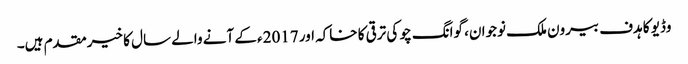
وڈیو کا ہدف بیرون ملک نوجوان، گوانگ چو کی ترقی کا خاکہ اور 2017ء کے آنے والے سال کا خیرمقدم ہیں۔